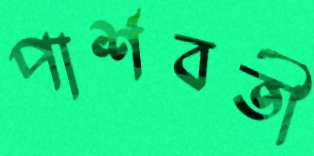
পার্শবর্তী